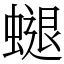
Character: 螁